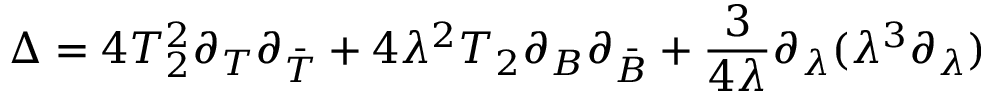
\Delta = 4 T _ { 2 } ^ { 2 } \partial _ { T } \partial _ { \bar { T } } + 4 \lambda ^ { 2 } T _ { 2 } \partial _ { B } \partial _ { \bar { B } } + \frac { 3 } { 4 \lambda } \partial _ { \lambda } ( \lambda ^ { 3 } \partial _ { \lambda } )